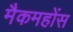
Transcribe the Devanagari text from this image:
मैकमहोंस